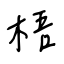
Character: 梧